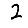
Digit: 2